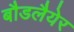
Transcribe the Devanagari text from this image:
बौडलैयेर